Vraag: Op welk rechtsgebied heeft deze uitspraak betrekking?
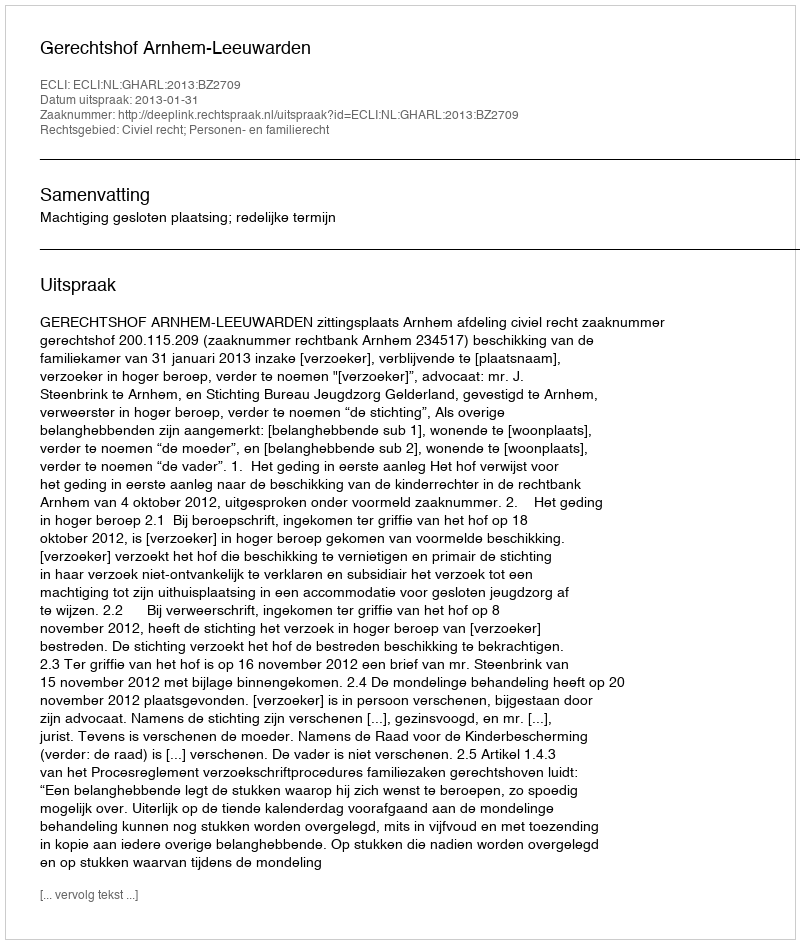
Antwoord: Civiel recht; Personen- en familierecht